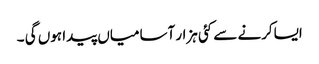
ایساکرنے سے کئی ہزار آسامیاں پیدا ہوں گی ۔